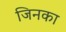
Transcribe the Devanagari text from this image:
जिनका